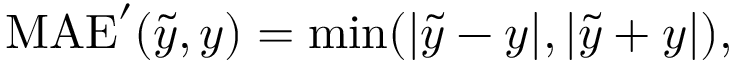
\begin{array} { r } { \mathrm { M A E } ^ { \prime } ( \tilde { y } , y ) = \operatorname* { m i n } ( | \tilde { y } - y | , | \tilde { y } + y | ) , } \end{array}